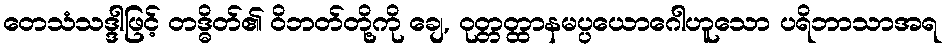
တေသံသဒ္ဒါဖြင့် တဒ္ဓိတ်၏ ဝိဘတ်တို့ကို ချေ, ဝုတ္တတ္ထာနမပ္ပယောဂေါဟူသော ပရိဘာသာအရ